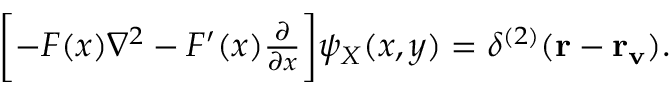
\begin{array} { r } { \biggl [ - F ( x ) \nabla ^ { 2 } - F ^ { \prime } ( x ) \frac { \partial } { \partial x } \biggr ] \psi _ { X } ( x , y ) = \delta ^ { ( 2 ) } ( { \bf r } - { \bf r _ { v } } ) . } \end{array}